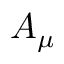
A _ { \mu }